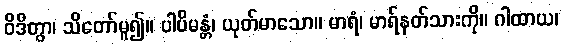
ဝိဒိတွာ၊ သိတော်မူ၍။ ပါပိမန္တံ၊ ယုတ်မာသော။ မာရံ၊ မာရ်နတ်သားကို။ ဂါထာယ၊